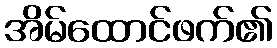
အိမ်ထောင်ဖက်၏